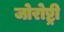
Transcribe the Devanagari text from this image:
जोरोष्ट्री